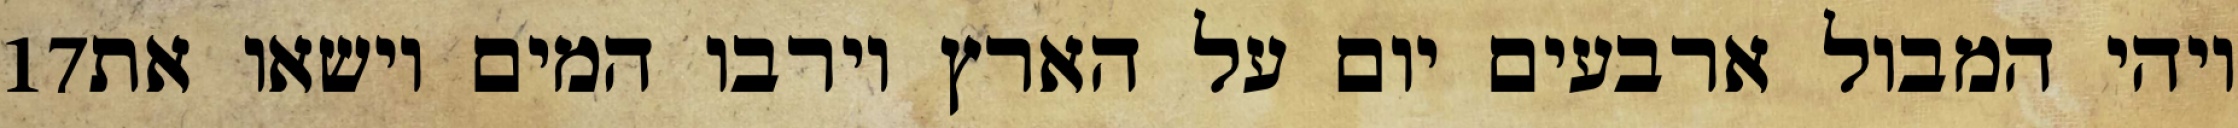
‎17‏ ויהי המבול ארבעים יום על הארץ וירבו המים וישאו את